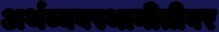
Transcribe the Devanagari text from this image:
अर्थव्यवस्थानीतीवर